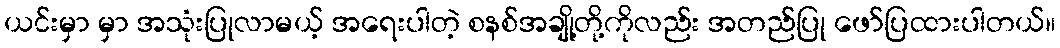
ယင်းမှာ မှာ အသုံးပြုလာမယ့် အရေးပါတဲ့ စနစ်အချို့တို့ကိုလည်း အတည်ပြု ဖော်ပြထားပါတယ်။